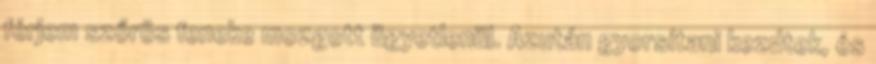
férjem szőrös feneke mozgott ügyetlenül. Azután gyorsítani kezdtek, és